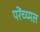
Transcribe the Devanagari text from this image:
परेंच्य्मल